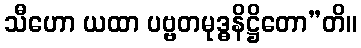
သီဟော ယထာ ပဗ္ဗတမုဒ္ဓနိဋ္ဌိတော”တိ။